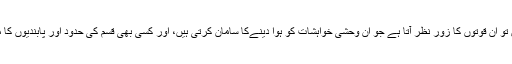
مگر معاشرے میں تو ان قوتوں کا زور نظر آتا ہے جو ان وحشی خواہشات کو ہوا دینےکا سامان کرتی ہیں، اور کسی بھی قسم کی حدود اور پابندیوں کا مضحکہ اڑاتی ہیں۔